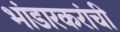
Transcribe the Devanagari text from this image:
भांडारकरांची